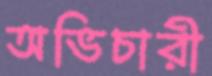
অভিচারী